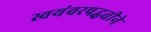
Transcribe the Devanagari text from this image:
स्वयंवरपद्धतीने